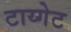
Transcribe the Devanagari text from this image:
टाय्गेट